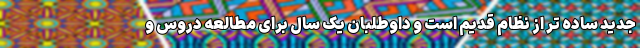
جدید ساده تر از نظام قدیم است و داوطلبان یک سال برای مطالعه دروس و